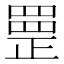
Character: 𦋳